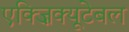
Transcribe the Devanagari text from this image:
एक्ज़िक्यूटेबल